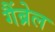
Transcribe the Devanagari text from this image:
गैंब्रेल